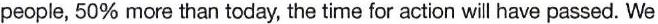
people, 50% more than today, the time for action will have passed. We